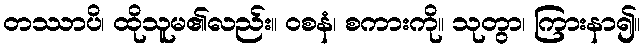
တဿာပိ၊ ထိုသူမ၏လည်း။ ဝစနံ၊ စကားကို။ သုတွာ၊ ကြားနာ၍။